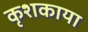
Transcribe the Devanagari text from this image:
कृशकाया